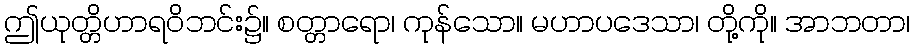
ဤယုတ္တိဟာရဝိဘင်း၌။ စတ္တာရော၊ ကုန်သော။ မဟာပဒေသာ၊ တို့ကို။ အာဘတာ၊